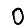
Digit: 0